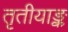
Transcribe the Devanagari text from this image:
तृतीयाङ्क